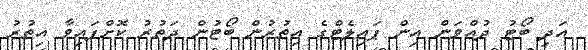
އަދި ބޯޓު ދުއްވަން އިން ޕައިލެޓްގެ އިތުރުން ބޯޓުން ދަތުރު ކޮށްފައިވާ އިތުރު